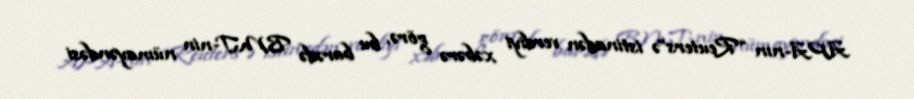
APA-nın “Reuters”ə istinadən verdiyi xəbərə görə, bu barədə BMT-nin nümayəndəsi